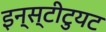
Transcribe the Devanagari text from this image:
इन्स्टीटुयट